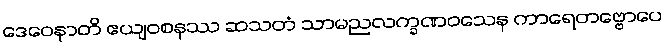
ဒေဝေနာတိ ဧယျဝစနဿ ဆသတံ သာမညလက္ခဏဝသေန ကာရေတဗ္ဗောပေ